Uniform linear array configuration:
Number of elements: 32
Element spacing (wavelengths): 0.5
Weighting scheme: exponential
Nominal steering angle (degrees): -15
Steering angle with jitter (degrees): -13.591
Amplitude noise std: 0.05
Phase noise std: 0.05

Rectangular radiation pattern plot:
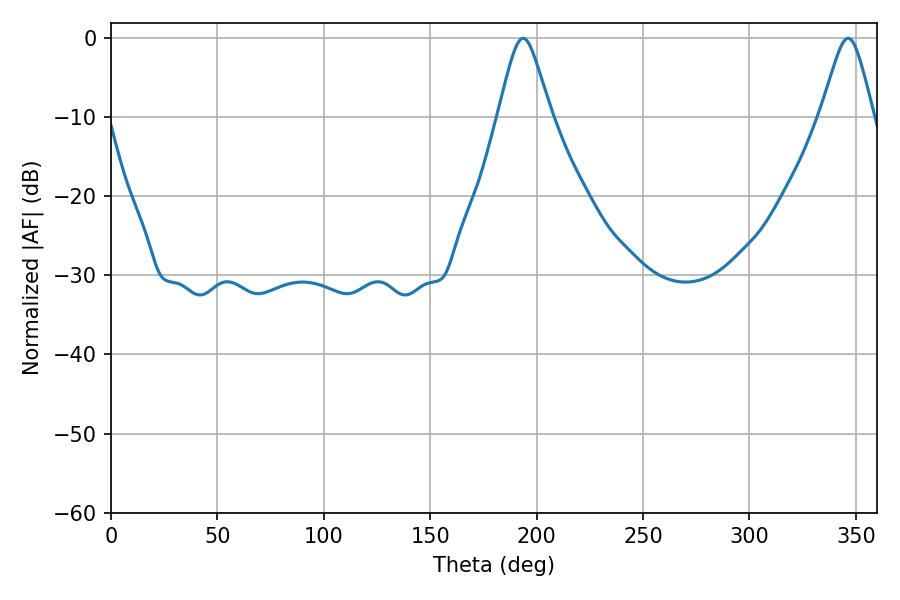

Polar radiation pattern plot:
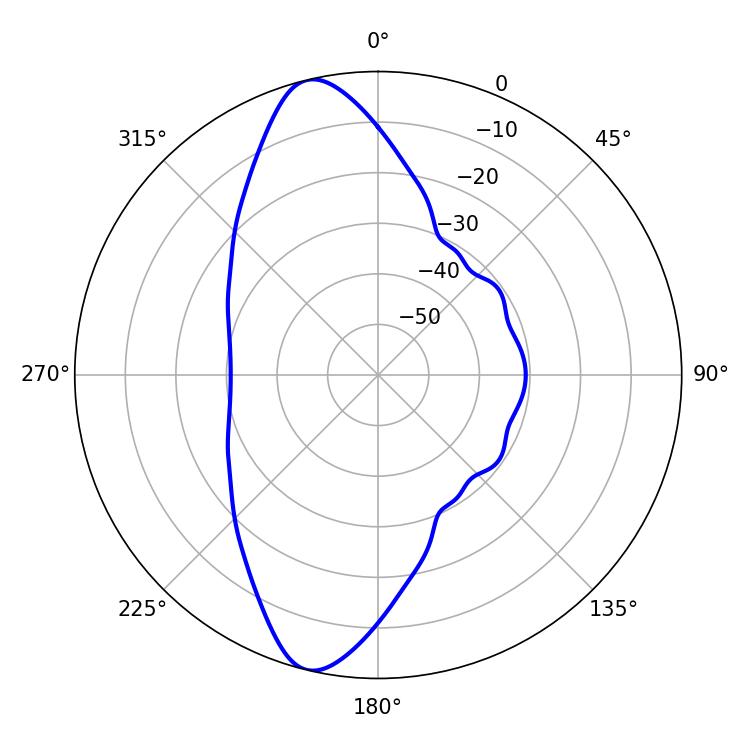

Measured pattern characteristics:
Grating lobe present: FALSE
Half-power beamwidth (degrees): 11.88
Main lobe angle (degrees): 193.68